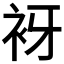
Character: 𧘪